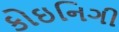
કોઇનિગી